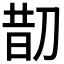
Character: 𠝖